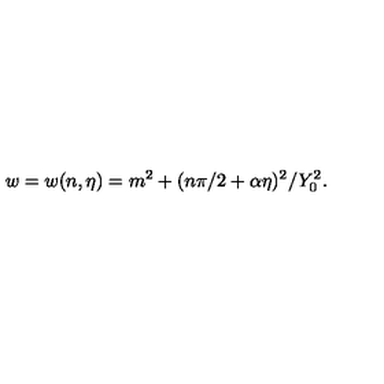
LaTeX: w = w ( n , \eta ) = m ^ { 2 } + ( n \pi / 2 + \alpha \eta ) ^ { 2 } / Y _ { 0 } ^ { 2 } .